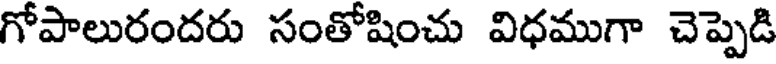
గోపాలురందరు సంతోషించు విధముగా చెప్పెడి